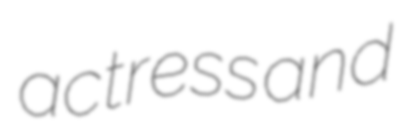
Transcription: actress and